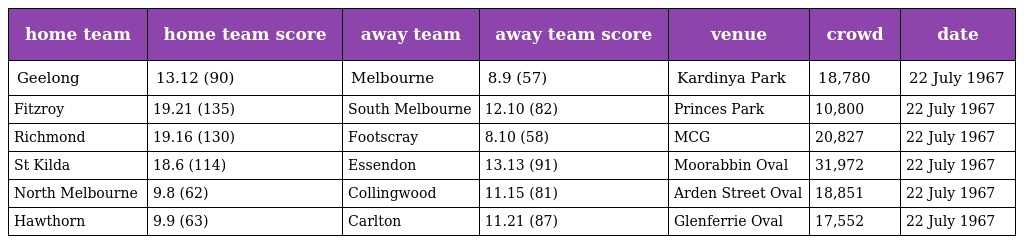
| home team | home team score | away team | away team score | venue | crowd | date |
 | --- | --- | --- | --- | --- | --- | --- |
 | Geelong | 13.12 (90) | Melbourne | 8.9 (57) | Kardinya Park | 18,780 | 22 July 1967 |
 | Fitzroy | 19.21 (135) | South Melbourne | 12.10 (82) | Princes Park | 10,800 | 22 July 1967 |
 | Richmond | 19.16 (130) | Footscray | 8.10 (58) | MCG | 20,827 | 22 July 1967 |
 | St Kilda | 18.6 (114) | Essendon | 13.13 (91) | Moorabbin Oval | 31,972 | 22 July 1967 |
 | North Melbourne | 9.8 (62) | Collingwood | 11.15 (81) | Arden Street Oval | 18,851 | 22 July 1967 |
 | Hawthorn | 9.9 (63) | Carlton | 11.21 (87) | Glenferrie Oval | 17,552 | 22 July 1967 |